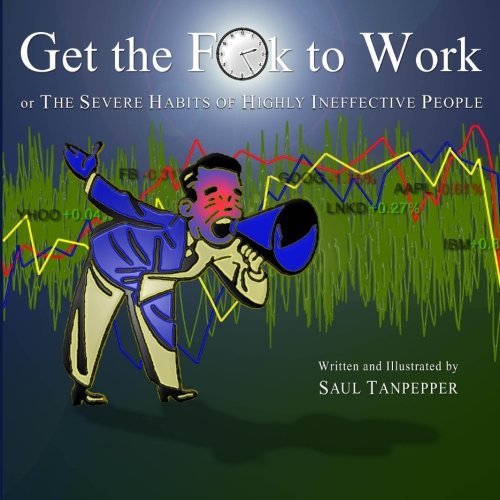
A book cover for Get the F**k to Work: The Severe Habits of Highly Ineffective People; Saul Tanpepper; Humor & Entertainment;